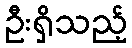
ဦးရှိသည့်